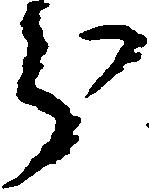
分